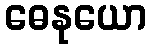
ဓေနုယော